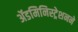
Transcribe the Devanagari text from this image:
ॲडमिनिस्ट्रेशनने